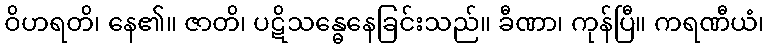
ဝိဟရတိ၊ နေ၏။ ဇာတိ၊ ပဋိသန္ဓေနေခြင်းသည်။ ခီဏာ၊ ကုန်ပြီ။ ကရဏီယံ၊